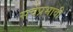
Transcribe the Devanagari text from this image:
सर्वप्रभावी